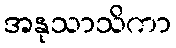
အနုသာသိကာ